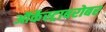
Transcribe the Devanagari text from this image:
ऑर्केस्ट्राबरोबर